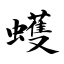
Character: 蠖